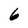
Character: 6